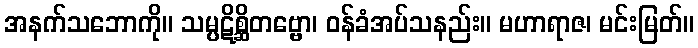
အနက်သဘောကို။ သမ္ပဋိစ္ဆိတဗ္ဗော၊ ဝန်ခံအပ်သနည်း။ မဟာရာဇ၊ မင်းမြတ်။